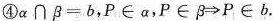
④α∩β=b，P∈α，P∈β>P∈b。